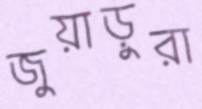
জুয়াড়ুরা